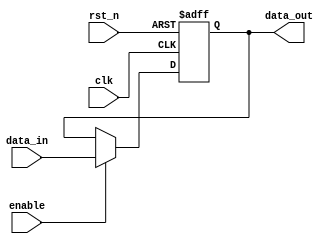
module output_register #(
    parameter WIDTH = 8 // Parameter for register width
) (
    input wire clk,        // Clock input
    input wire rst_n,     // Asynchronous active-low reset
    input wire enable,     // Enable input
    input wire [WIDTH-1:0] data_in, // Data input
    output reg [WIDTH-1:0] data_out // Output register
);

// Sequential logic: Update the output register on the clock edge
always @(posedge clk or negedge rst_n) begin
    if (!rst_n) begin
        // Asynchronous reset: set output to zero
        data_out <= {WIDTH{1'b0}};
    end else if (enable) begin
        // Latch the data input when enabled
        data_out <= data_in;
    end
    // If enable is low, retain the previous value of data_out
end

endmodule